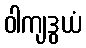
ဝါကျဒွယံ